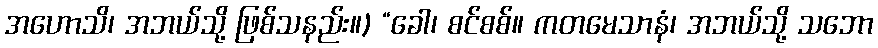
အဟောသိ၊ အဘယ်သို့ ဖြစ်သနည်း။) “ခေါ၊ စင်စစ်။ ကတမေသာနံ၊ အဘယ်သို့ သဘော